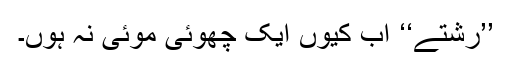
’’رشتے‘‘ اب کیوں ایک چھوئی موئی نہ ہوں۔